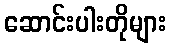
ဆောင်းပါးတိုများ